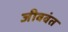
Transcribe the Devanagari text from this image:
जीववंत